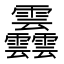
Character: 䨺